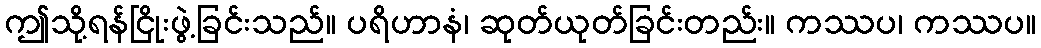
ဤသို့ရန်ငြိုးဖွဲ့ခြင်းသည်။ ပရိဟာနံ၊ ဆုတ်ယုတ်ခြင်းတည်း။ ကဿပ၊ ကဿပ။